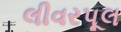
લીવરપૂલ